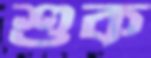
শুক